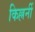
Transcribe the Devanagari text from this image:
किल्लर्नी